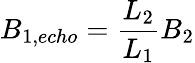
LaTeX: B_{1,echo}=\frac{L_{2}}{L_{1}}B_{2}